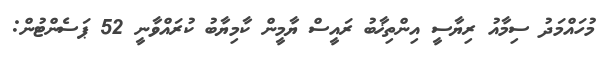
މުހައްމަދު ސިމާއު ރިޔާސީ އިންތިޚާބު ރައީސް ޔާމީން ކާމިޔާބު ކުރައްވާނީ 52 ޕަސެންޓުން: